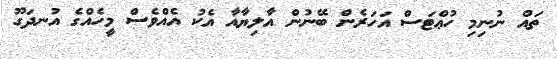
ތައް ނުނިމި ހުޢްޓަސް އަހަރެން ބޭނުން އާލިޔާއާ އެކު އެއްވެސް މީހެއްގެ އުނދަގޫ